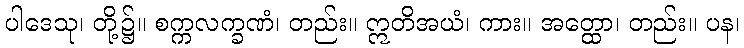
ပါဒေသု၊ တို့၌။ စက္ကလက္ခဏံ၊ တည်း။ ဣတိအယံ၊ ကား။ အတ္ထော၊ တည်း။ ပန၊